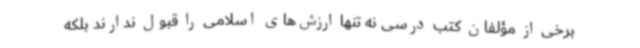
برخی از مؤلفان کتب درسی نه تنها ارزش‌های اسلامی را قبول ندارند بلکه